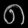
Digit: ၈